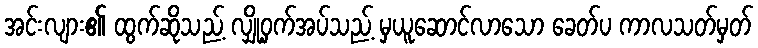
အင်းလျား၏ ထွက်ဆိုသည့် လျှို့ဝှက်အပ်သည့် မှယူဆောင်လာသော ခေတ်ပ ကာလသတ်မှတ်